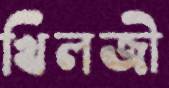
খিলজী